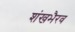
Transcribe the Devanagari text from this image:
शंखभैरव